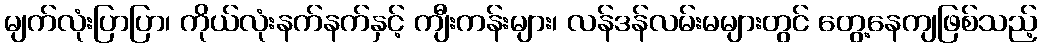
မျက်လုံးပြာပြာ၊ ကိုယ်လုံးနက်နက်နှင့် ကျီးကန်းများ၊ လန်ဒန်လမ်းမများတွင် တွေ့နေကျဖြစ်သည့်